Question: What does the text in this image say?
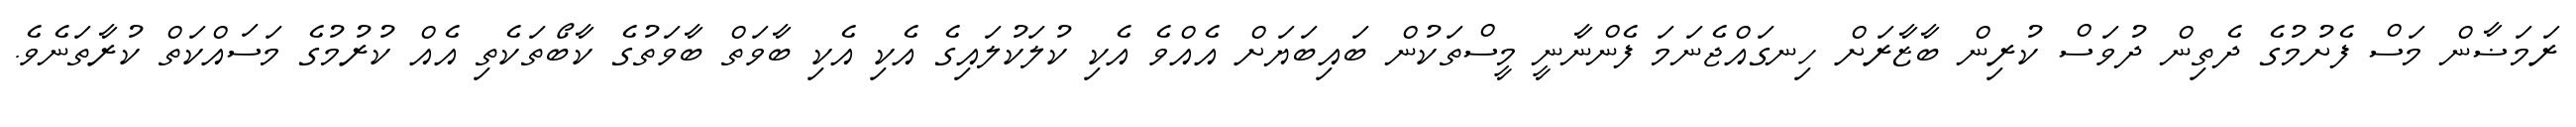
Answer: ރަމަޟާން މަސް ފެށުމުގެ ދެތިން ދުވަސް ކުރިން ބާޒާރަށް ހިނގައްޖެނަމަ ފެންނާނީ މީސްތަކުން ބައިބަޔަށް އެއްވެ އެކި ކުލަކުލައިގެ އެކި އެކި ބާވަތް ބާވަތުގެ ކާބޯތަކެތި އެއް ކުރުމުގެ މަސައްކަތް ކުރާތަނެވެ.